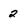
Character: 2